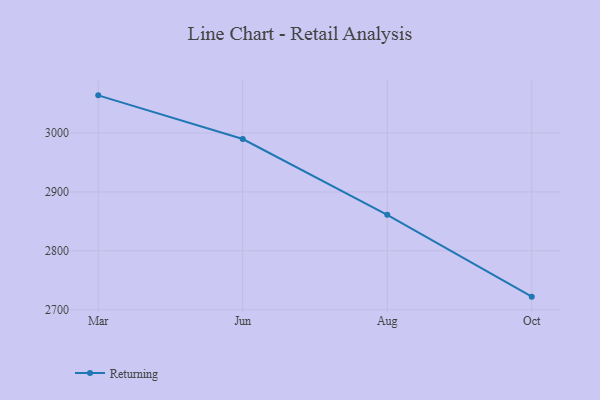
{"axis": {"x": "Month", "y": "Active Users"}, "legend": ["Returning"], "data": [{"x": "Mar", "y": 3064.0, "type": "Returning"}, {"x": "Jun", "y": 2989.8, "type": "Returning"}, {"x": "Aug", "y": 2861.2, "type": "Returning"}, {"x": "Oct", "y": 2722.2, "type": "Returning"}]}